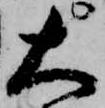
大